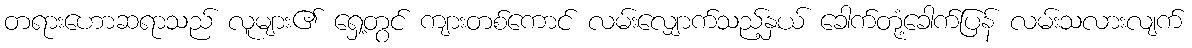
တရားဟောဆရာသည် လူများ၏ ရှေ့တွင် ကျားတစ်ကောင် လမ်းလျှောက်သည့်နှယ် ခေါက်တုံ့ခေါက်ပြန် လမ်းသလားလျက်